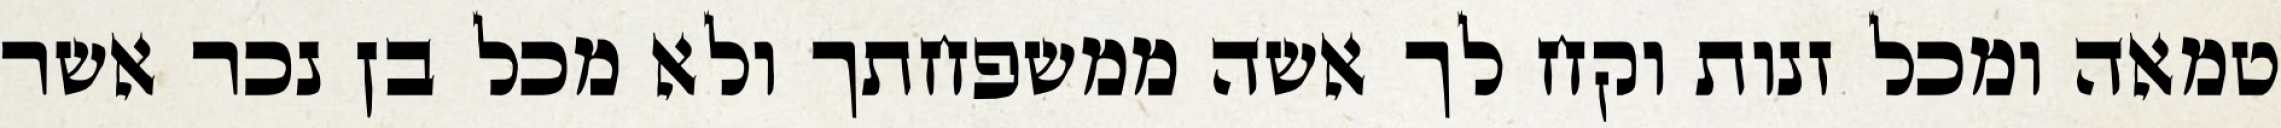
טמאה ומכל זנות וקח לך אשה ממשפחתך ולא מכל בן נכר אשר